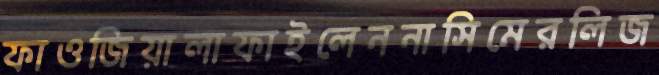
ফাওজিয়ালাফাইলেননাসিমেরলিজ